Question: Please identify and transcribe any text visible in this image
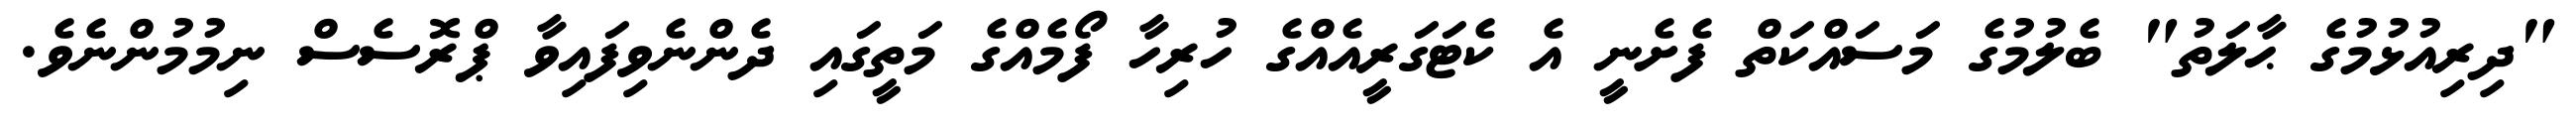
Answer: "ދިރިއުޅުމުގެ ޙާލަތު" ބެލުމުގެ މަސައްކަތް ފެށެނީ އެ ކެޓަގަރީއެއްގެ ހުރިހާ ފޯމެއްގެ މަތީގައި ދެންނެވިފައިވާ ޕްރޮސެސް ނިމުމުންނެވެ.